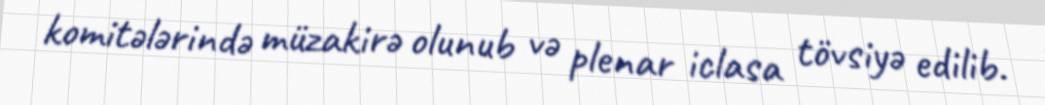
komitələrində müzakirə olunub və plenar iclasa tövsiyə edilib.